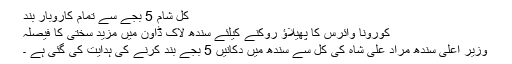
کل شام 5 بجے سے تمام کاروبار بند
کورونا وائرس کا پھیلاؤ روکنے کیلئے سندھ لاک ڈاون میں مزید سختی کا فیصلہ
وزیر اعلی سندھ مراد علی شاہ کی کل سے سندھ میں دکانیں 5 بجے بند کرنے کی ہدایت کی گئی ہے ۔